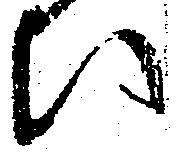
い